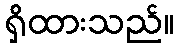
ရှိထားသည်။